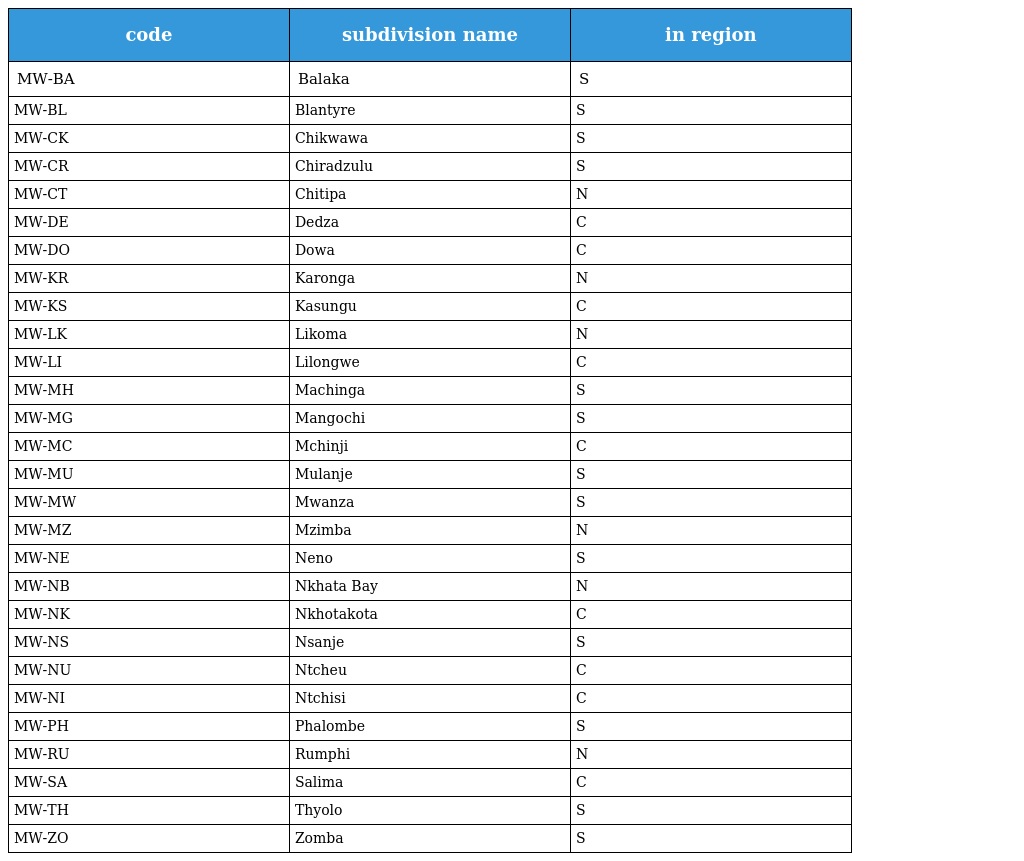
| code | subdivision name | in region |
 | --- | --- | --- |
 | MW-BA | Balaka | S |
 | MW-BL | Blantyre | S |
 | MW-CK | Chikwawa | S |
 | MW-CR | Chiradzulu | S |
 | MW-CT | Chitipa | N |
 | MW-DE | Dedza | C |
 | MW-DO | Dowa | C |
 | MW-KR | Karonga | N |
 | MW-KS | Kasungu | C |
 | MW-LK | Likoma | N |
 | MW-LI | Lilongwe | C |
 | MW-MH | Machinga | S |
 | MW-MG | Mangochi | S |
 | MW-MC | Mchinji | C |
 | MW-MU | Mulanje | S |
 | MW-MW | Mwanza | S |
 | MW-MZ | Mzimba | N |
 | MW-NE | Neno | S |
 | MW-NB | Nkhata Bay | N |
 | MW-NK | Nkhotakota | C |
 | MW-NS | Nsanje | S |
 | MW-NU | Ntcheu | C |
 | MW-NI | Ntchisi | C |
 | MW-PH | Phalombe | S |
 | MW-RU | Rumphi | N |
 | MW-SA | Salima | C |
 | MW-TH | Thyolo | S |
 | MW-ZO | Zomba | S |